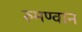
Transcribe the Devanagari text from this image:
रुमण्वान